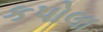
કપોલા